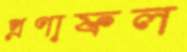
প্রণাফল